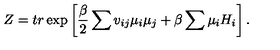
Z = t r \exp \left[ \frac { \beta } { 2 } \sum v _ { i j } \mu _ { i } \mu _ { j } + \beta \sum \mu _ { i } H _ { i } \right] .